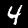
Digit: 4